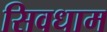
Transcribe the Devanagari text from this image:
सिवधाम